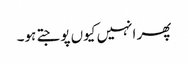
پھر انہیں کیوں پوجتے ہو۔